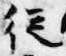
従